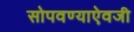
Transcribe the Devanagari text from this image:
सोपवण्याऐवजी